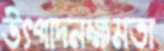
উৎপাদনক্ষমতা